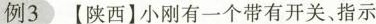
例3【陕西】小刚有一个带有开关、指示